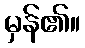
မှန်၏။